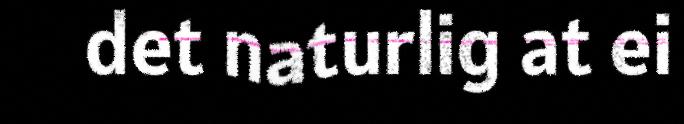
det naturlig at ei